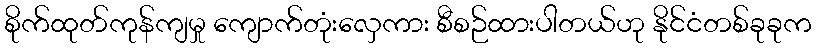
စိုက်ထုတ်ကုန်ကျမှု ကျောက်တုံးလှေကား စီစဉ်ထားပါတယ်ဟု နိုင်ငံတစ်ခုခုက